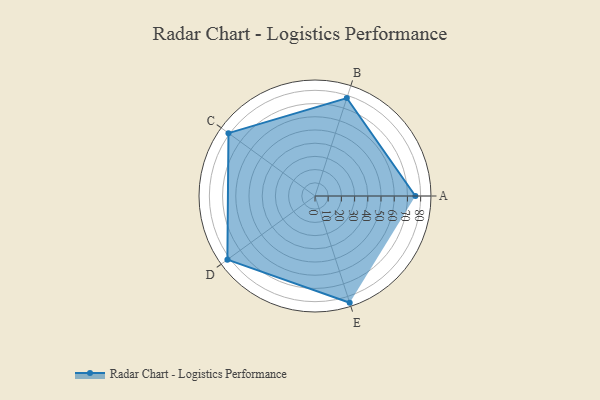
{"axis": {"x": "Skill", "y": "Score"}, "legend": ["Profile"], "data": [{"x": "A", "y": 76.0, "type": "Profile"}, {"x": "B", "y": 78.0, "type": "Profile"}, {"x": "C", "y": 81.0, "type": "Profile"}, {"x": "D", "y": 82.0, "type": "Profile"}, {"x": "E", "y": 85.0, "type": "Profile"}]}